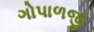
ગોપાળજી